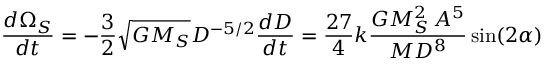
{ \frac { d \Omega _ { S } } { d t } } = - { \frac { 3 } { 2 } } { \sqrt { G M _ { S } } } D ^ { - 5 / 2 } { \frac { d D } { d t } } = { \frac { 2 7 } { 4 } } k { \frac { G M _ { S } ^ { 2 } \, A ^ { 5 } } { M D ^ { 8 } } } \sin ( 2 \alpha )